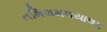
તમિલમલયાલમ